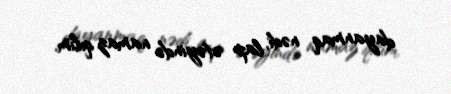
dayanmaq nədi, lap ətəyində namaz qılım.